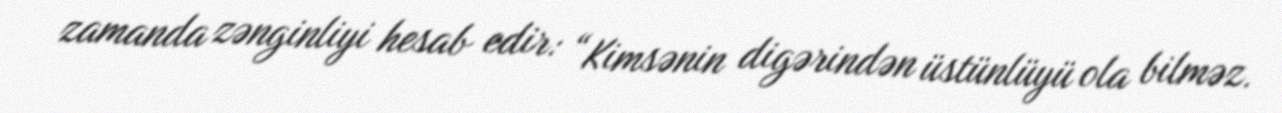
zamanda zənginliyi hesab edir: “Kimsənin digərindən üstünlüyü ola bilməz.